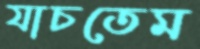
যাচতেম